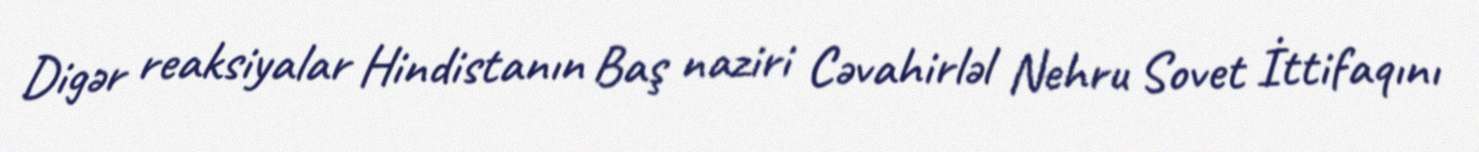
Digər reaksiyalar Hindistanın Baş naziri Cəvahirləl Nehru Sovet İttifaqını